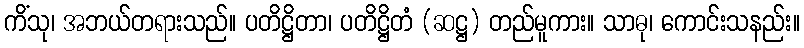
ကိံသု၊ အဘယ်တရားသည်။ ပတိဋ္ဌိတာ၊ ပတိဋ္ဌိတံ (ဆဋ္ဌ) တည်မူကား။ သာဓု၊ ကောင်းသနည်း။